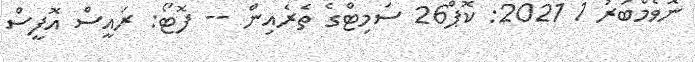
ނޮވެމްބަރު 1 2021: ކޮޕް26 ސަމިޓްްގެ ތެރެއިން -- ފޮޓޯ: ރައީސް އޮފީސް